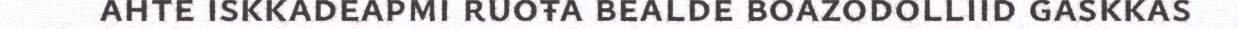
ahte iskkadeapmi ruoŧa bealde boazodolliid gaskkas